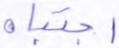
اجتباه